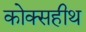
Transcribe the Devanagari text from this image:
कोक्सहीथ